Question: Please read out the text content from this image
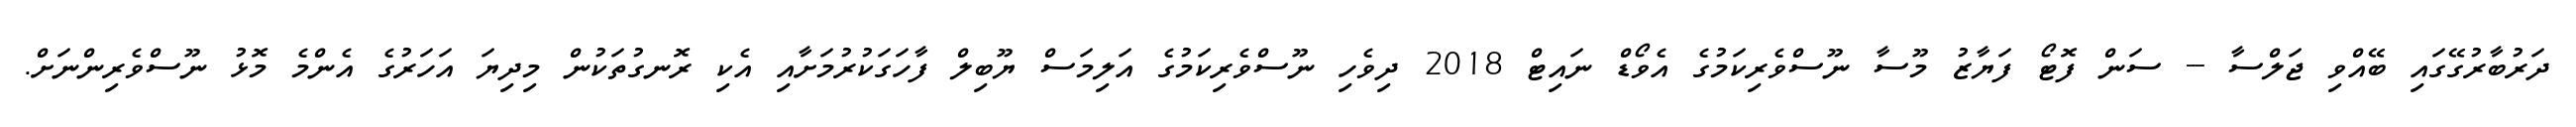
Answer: ދަރުބާރުގޭގައި ބޭއްވި ޖަލްސާ -- ސަން ފޮޓޯ ފަޔާޒު މޫސާ ނޫސްވެރިކަމުގެ އެވޯޑް ނައިޓް 2018 ދިވެހި ނޫސްވެރިކަމުގެ އަލިމަސް ޔޫބިލް ފާހަގަކުރުމަށާއި އެކި ރޮނގުތަކުން މިދިޔަ އަހަރުގެ އެންމެ މޮޅު ނޫސްވެރިންނަށް.